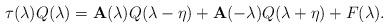
LaTeX: \begin{align*}\tau (\lambda )Q(\lambda )=\mathbf{A}(\lambda )Q(\lambda -\eta )+\mathbf{A}(-\lambda )Q(\lambda +\eta )+F(\lambda ).\end{align*}